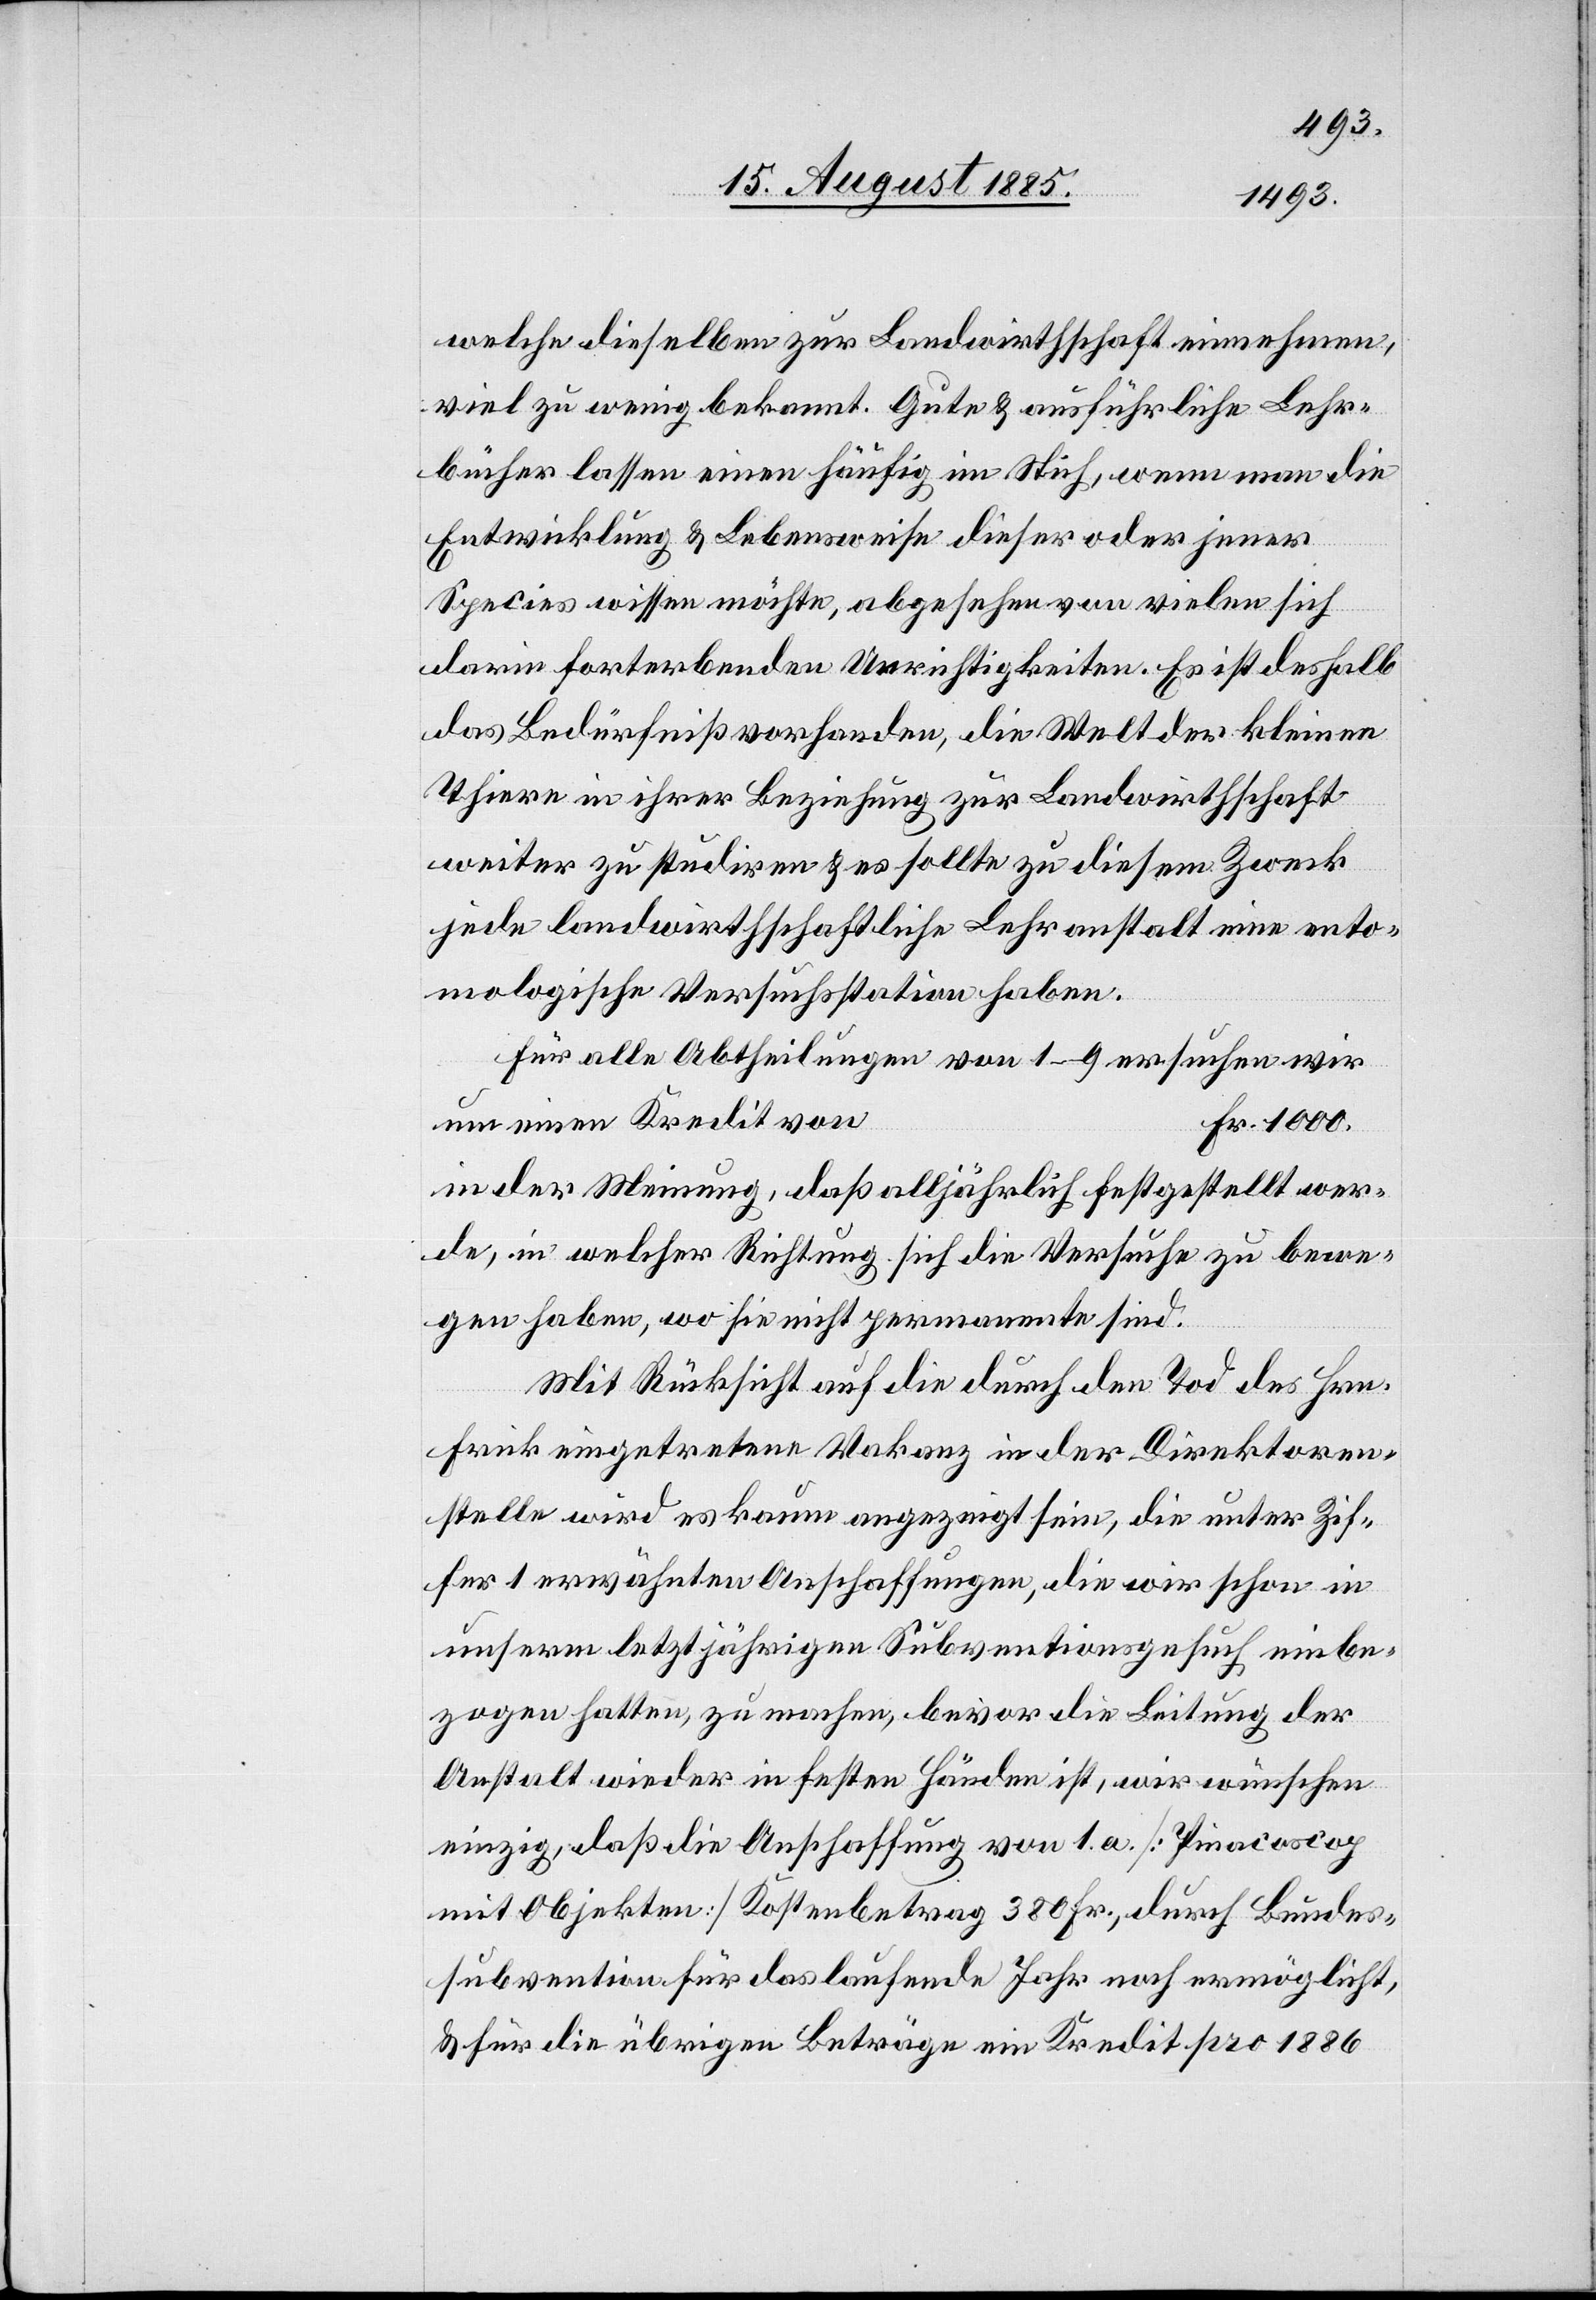
welche dieselben zur Landwirthschaft einnehmen,
viel zu wenig bekannt. Gute & ausführliche Lehr¬
bücher lassen einen häufig im Stich, wenn man die
Entwicklung & Lebensweise dieser oder jener
Species wissen möchte, abgesehen von vielen sich
darin forterbenden Unrichtigkeiten. Es ist deshalb
das Bedürfniß vorhanden, die Welt der kleinen
Thiere in ihrer Beziehung zur Landwirthschaft
weiter zu studiren & es sollte zu diesem Zweck
jede landwirthschaftliche Lehranstalt eine ento¬
mologische Versuchsstation haben.
Für alle Abtheilungen von 1–9 ersuchen wir
um einen Kredit von
in der Meinung, daß alljährlich festgestellt wer¬
de, in welcher Richtung sich die Versuche zu bewe¬
gen haben, wo sie nicht permanente sind.
Mit Rücksicht auf die durch den Tod des Hrn.
Frick eingetretenen Vakanz in der Direktoren¬
stelle wird es kaum angezeigt sein, die unter Zif¬
fer 1 erwähnten Anschaffungen, die wir schon in
unserm letztjährigen Subventionsgesuch einbe¬
zogen hatten, zu machen, bevor die Leitung der
Anstalt wieder in festen Händen ist, wir wünschen
einzig, daß die Anschaffung von 1 a [Pinacoscop
mit Objekten] Kostenbetrag 380 Fr., durch Bundes¬
subvention für das laufende Jahr noch ermöglicht,
& für die übrigen Beträge ein Kredit pro 1886